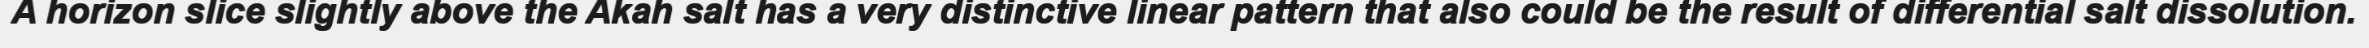
A horizon slice slightly above the Akah salt has a very distinctive linear pattern that also could be the result of differential salt dissolution.